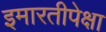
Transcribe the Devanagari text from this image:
इमारतीपेक्षा